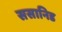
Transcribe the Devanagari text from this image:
ससानिड